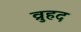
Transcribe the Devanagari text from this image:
व्रुहद